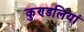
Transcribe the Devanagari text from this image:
कुण्‍डलियां